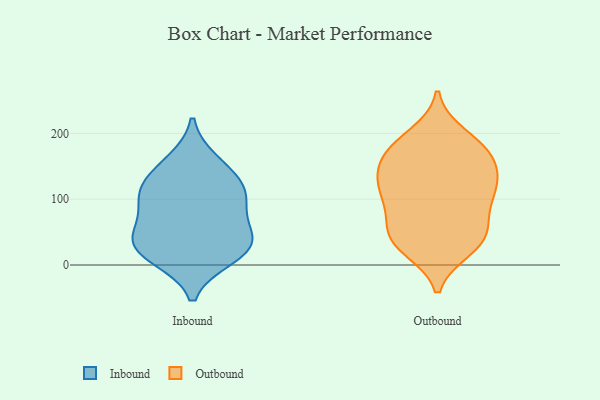
{"axis": {"x": "Backlog", "y": "Value"}, "legend": ["Inbound", "Outbound"], "data": [{"x": "", "y": 157, "type": "Inbound"}, {"x": "", "y": 111, "type": "Inbound"}, {"x": "", "y": 137, "type": "Inbound"}, {"x": "", "y": 72, "type": "Inbound"}, {"x": "", "y": 102, "type": "Inbound"}, {"x": "", "y": 33, "type": "Inbound"}, {"x": "", "y": 108, "type": "Inbound"}, {"x": "", "y": 19, "type": "Inbound"}, {"x": "", "y": 12, "type": "Inbound"}, {"x": "", "y": 43, "type": "Inbound"}, {"x": "", "y": 35, "type": "Inbound"}, {"x": "", "y": 40, "type": "Outbound"}, {"x": "", "y": 33, "type": "Outbound"}, {"x": "", "y": 182, "type": "Outbound"}, {"x": "", "y": 197, "type": "Outbound"}, {"x": "", "y": 25, "type": "Outbound"}, {"x": "", "y": 130, "type": "Outbound"}, {"x": "", "y": 92, "type": "Outbound"}, {"x": "", "y": 145, "type": "Outbound"}, {"x": "", "y": 170, "type": "Outbound"}, {"x": "", "y": 177, "type": "Outbound"}, {"x": "", "y": 137, "type": "Outbound"}, {"x": "", "y": 104, "type": "Outbound"}, {"x": "", "y": 50, "type": "Outbound"}, {"x": "", "y": 113, "type": "Outbound"}, {"x": "", "y": 168, "type": "Outbound"}, {"x": "", "y": 35, "type": "Outbound"}, {"x": "", "y": 90, "type": "Outbound"}, {"x": "", "y": 57, "type": "Outbound"}, {"x": "", "y": 126, "type": "Outbound"}]}